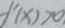
f ^ { \prime } ( x ) > 0